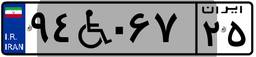
۹۴W۰۶۷۲۵